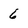
Character: 6